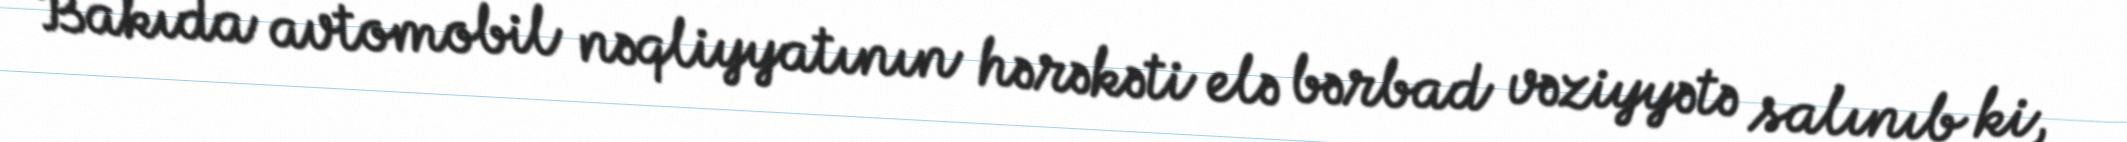
Bakıda avtomobil nəqliyyatının hərəkəti elə bərbad vəziyyətə salınıb ki,